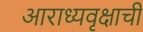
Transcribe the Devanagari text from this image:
आराध्यवृक्षाची